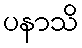
ပနာသိ